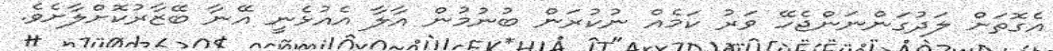
އެގޮތަށް ލަދުގަންނަންޖެހޭ ވަރު ކަމެއް ނުކުރަން ބުނުމުން އާލާ އެއުޅެނީ އޭނާ ބޭޒާރުކޮށްލާށެވެ.